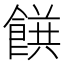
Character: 𲋝